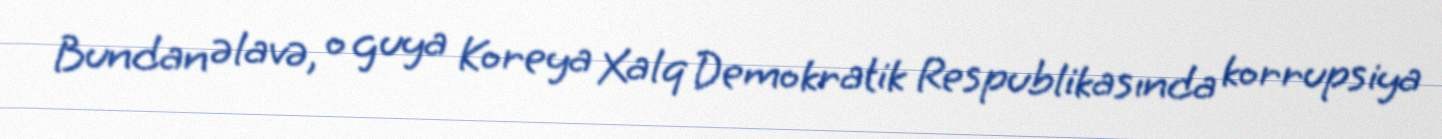
Bundan əlavə, o guya Koreya Xalq Demokratik Respublikasında korrupsiya